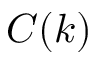
C ( k )